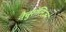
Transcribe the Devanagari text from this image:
नैचुरॉलिज़्म